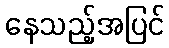
နေသည့်အပြင်